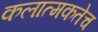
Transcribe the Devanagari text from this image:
कलात्मकतेच